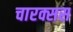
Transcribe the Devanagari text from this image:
चारक्सस